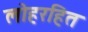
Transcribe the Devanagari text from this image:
लोहरहित